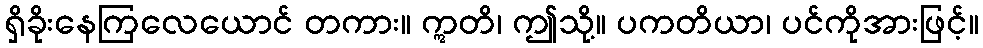
ရှိခိုးနေကြလေယောင် တကား။ ဣတိ၊ ဤသို့။ ပကတိယာ၊ ပင်ကိုအားဖြင့်။